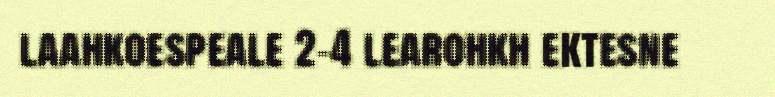
laahkoespeale 2-4 learohkh ektesne